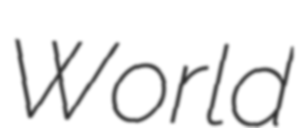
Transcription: World